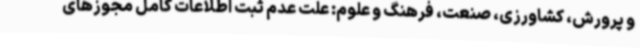
و پرورش، کشاورزی، صنعت، فرهنگ و علوم: علت عدم ثبت اطلاعات کامل مجوزهای